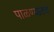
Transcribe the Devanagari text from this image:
पाळण्यातच